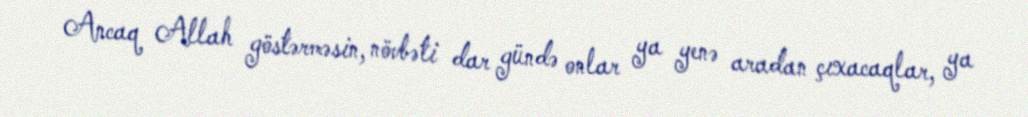
Ancaq Allah göstərməsin, növbəti dar gündə onlar ya yenə aradan çıxacaqlar, ya